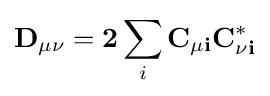
\mathbf {D_{\mu \nu }} =\mathbf {2} \sum _{i}\mathbf {C_{\mu i}} \mathbf {C_{\nu i}^{*}}